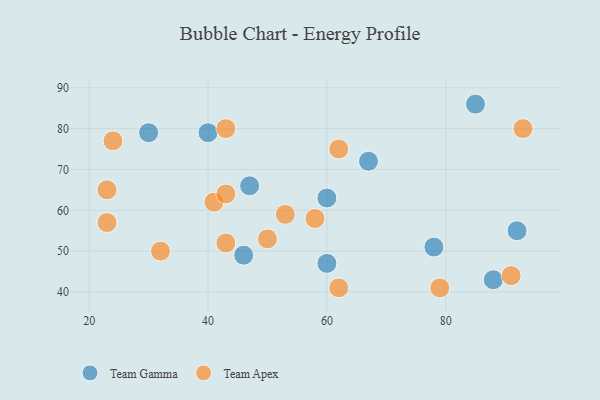
{"axis": {"x": "GDP", "y": "Life Expectancy"}, "legend": ["Team Apex", "Team Gamma"], "data": [{"x": "30", "y": 79, "type": "Team Gamma"}, {"x": "40", "y": 79, "type": "Team Gamma"}, {"x": "92", "y": 55, "type": "Team Gamma"}, {"x": "67", "y": 72, "type": "Team Gamma"}, {"x": "85", "y": 86, "type": "Team Gamma"}, {"x": "46", "y": 49, "type": "Team Gamma"}, {"x": "78", "y": 51, "type": "Team Gamma"}, {"x": "60", "y": 47, "type": "Team Gamma"}, {"x": "88", "y": 43, "type": "Team Gamma"}, {"x": "47", "y": 66, "type": "Team Gamma"}, {"x": "60", "y": 63, "type": "Team Gamma"}, {"x": "32", "y": 50, "type": "Team Apex"}, {"x": "43", "y": 80, "type": "Team Apex"}, {"x": "53", "y": 59, "type": "Team Apex"}, {"x": "91", "y": 44, "type": "Team Apex"}, {"x": "23", "y": 65, "type": "Team Apex"}, {"x": "50", "y": 53, "type": "Team Apex"}, {"x": "41", "y": 62, "type": "Team Apex"}, {"x": "62", "y": 41, "type": "Team Apex"}, {"x": "58", "y": 58, "type": "Team Apex"}, {"x": "23", "y": 57, "type": "Team Apex"}, {"x": "43", "y": 64, "type": "Team Apex"}, {"x": "24", "y": 77, "type": "Team Apex"}, {"x": "79", "y": 41, "type": "Team Apex"}, {"x": "43", "y": 52, "type": "Team Apex"}, {"x": "93", "y": 80, "type": "Team Apex"}, {"x": "62", "y": 75, "type": "Team Apex"}]}